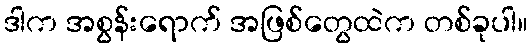
ဒါက အစွန်းရောက် အဖြစ်တွေထဲက တစ်ခုပါ။